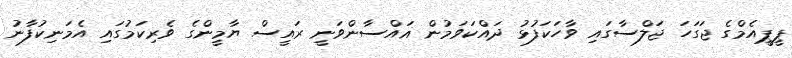
ޕީޕީއެމްގެ ޖަގަހަ ޖަލްސާގައި ވާހަކަފުޅު ދައްކަވަމުން ޣައްސާންވަނީ ރައީސް ޔާމީންގެ ވެރިކަމުގައި އެމަނިކުފާނު